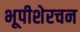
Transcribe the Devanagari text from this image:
भूपीशेरचन